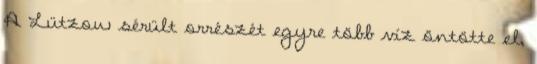
A Lützow sérült orrészét egyre több víz öntötte el,